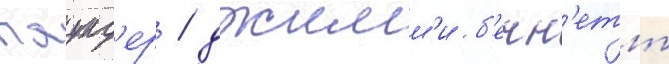
паунд'ер / джимм'и б'енн'етт